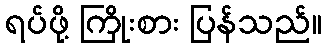
ရပ်ဖို့ ကြိုးစား ပြန်သည်။